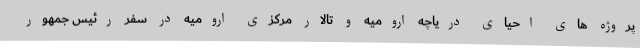
پروژه های احیای دریاچه ارومیه و تالار مرکزی ارومیه در سفر رئیس جمهور